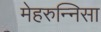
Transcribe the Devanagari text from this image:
मेहरुन्‍निसा